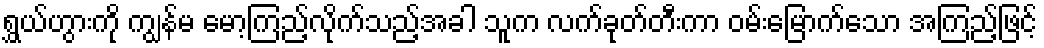
ရွှယ်ဟွားကို ကျွန်မ မော့ကြည့်လိုက်သည့်အခါ သူက လက်ခုတ်တီးကာ ဝမ်းမြောက်သော အကြည့်ဖြင့်